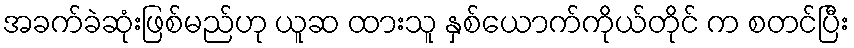
အခက်ခဲဆုံးဖြစ်မည်ဟု ယူဆ ထားသူ နှစ်ယောက်ကိုယ်တိုင် က စတင်ပြီး